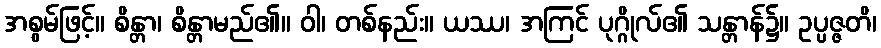
အစွမ်ဖြင့်။ စိန္တာ၊ စိန္တာမည်၏။ ဝါ၊ တစ်နည်း။ ယဿ၊ အကြင် ပုဂ္ဂိုလ်၏ သန္တာန်၌။ ဥပ္ပဇ္ဇတိ၊